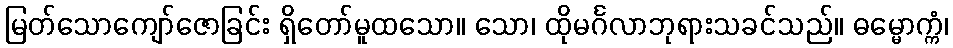
မြတ်သောကျော်ဇောခြင်း ရှိတော်မူထသော။ သော၊ ထိုမင်္ဂလာဘုရားသခင်သည်။ ဓမ္မောက္ကံ၊